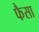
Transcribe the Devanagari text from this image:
फैसा